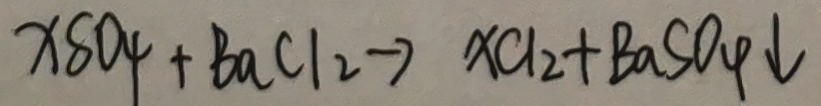
x S O _ { 4 } + B a C l _ { 2 } \rightarrow x C l _ { 2 } + B a S O _ { 4 } \downarrow